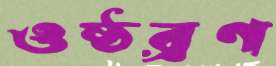
ওষ্ঠব্রণ